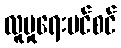
လူမှုရေးပင်စင်